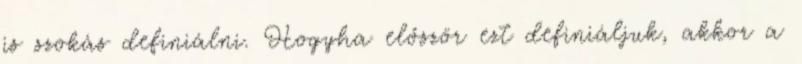
is szokás definiálni. Hogyha először ezt definiáljuk, akkor a